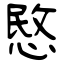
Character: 愍